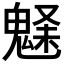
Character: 𩳗